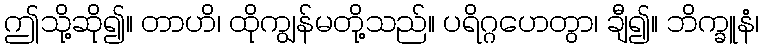
ဤသို့ဆို၍။ တာဟိ၊ ထိုကျွန်မတို့သည်။ ပရိဂ္ဂဟေတွာ၊ ချီ၍။ ဘိက္ခူနံ၊